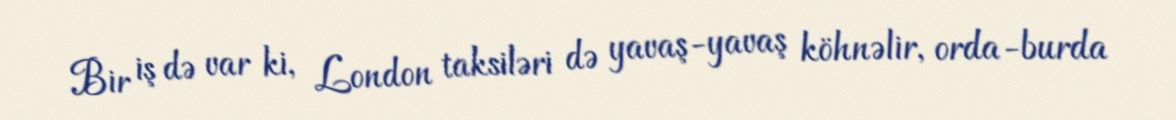
Bir iş də var ki, London taksiləri də yavaş-yavaş köhnəlir, orda-burda